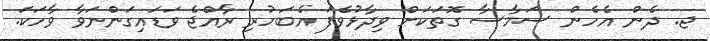
ޖ. ދެން އެހެން ސަމާސާ ގޮތަކަށް ވިދާޅުވެފަ އެބަހުރި ރާއްޖެ ވަޑައިގަންނަވާ ވާހަކަ.